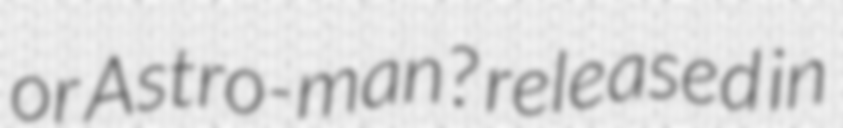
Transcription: or Astro-man? released in